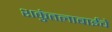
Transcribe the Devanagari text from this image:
शकुंतलाबाईंचे